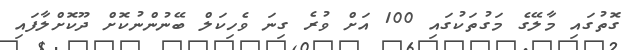
ގޮތުގައި މާލޭގެ މަގުތަކުގައި 100 އަށް ވުރެ ގިނަ ވެހިކަލް ބޭނުންނުކޮށް ދޫކޮށްލާފައި